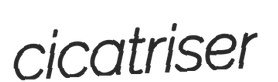
cicatriser